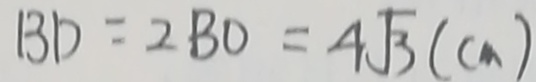
B D = 2 B O = 4 \sqrt { 3 } ( c m )